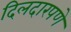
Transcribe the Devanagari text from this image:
दिलदारपणे